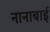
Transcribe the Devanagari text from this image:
नानाबाई